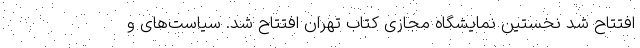
افتتاح شد نخستین نمایشگاه مجازی کتاب تهران افتتاح شد. سیاست‌های و